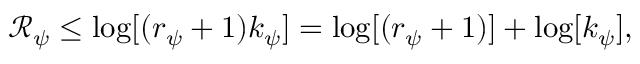
\mathcal { R } _ { \psi } \le \log [ ( r _ { \psi } + 1 ) k _ { \psi } ] = \log [ ( r _ { \psi } + 1 ) ] + \log [ k _ { \psi } ] ,